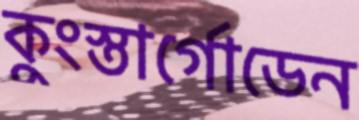
কুংস্তার্গোডেন